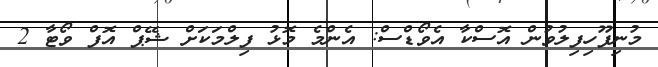
މުނިފޫހިފިލުވުން އޮސްކާ އެވޯޑްސް: އެންމެ މޮޅު ފިލްމަކަށް ޝޭޕް އޮފް ވޯޓާ 2